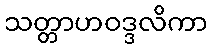
သတ္တာဟဝဒ္ဒလိကာ